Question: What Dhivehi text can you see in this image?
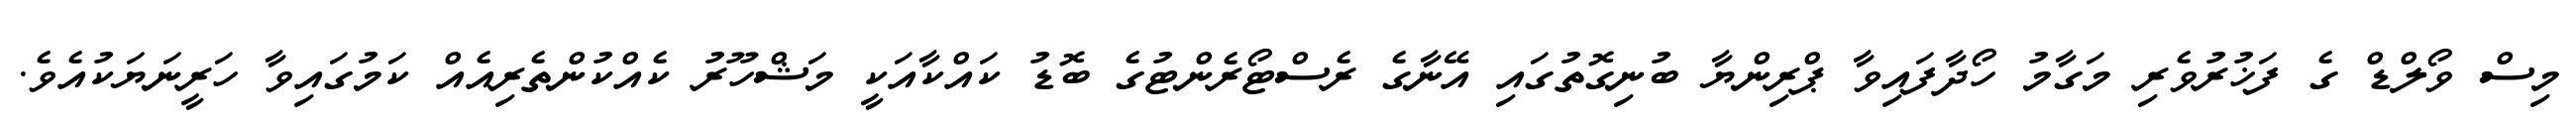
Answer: މިސް ވޯލްޑް ގެ ފަޚުރުވެރި މަގާމު ހޯދާފައިވާ ޕްރިންޔާ ބުނިގޮތުގައި އޭނާގެ ރެސްޓޯރެންޓުގެ ބޮޑު ކައްކާއަކީ މަޝްހޫރު ކެއްކުންތެރިއެއް ކަމުގައިވާ ހަރީނަޔަކުއެވެ.